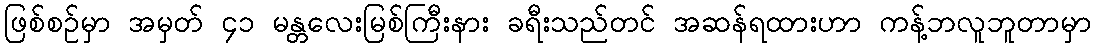
ဖြစ်စဉ်မှာ အမှတ် ၄၁ မန္တလေးမြစ်ကြီးနား ခရီးသည်တင် အဆန်ရထားဟာ ကန့်ဘလူဘူတာမှာ